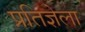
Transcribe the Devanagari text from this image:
प्रतिज्ञेला